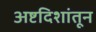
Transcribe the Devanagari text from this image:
अष्टदिशांतून